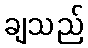
ချသည်